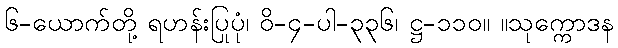
၆-ယောက်တို့ ရဟန်းပြုပုံ၊ ဝိ-၄-ပါ-၃၃၆၊ ဋ္ဌ-၁၁၀။ ။သုက္ကောဒန